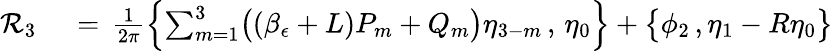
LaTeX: \begin{array}{rl}{\mathcal{R}_{3}\, }&{{}=\, \frac{1}{2\pi}\Bigl\{ \sum_{m=1}^{3}\bigl((\beta_{\epsilon}+L)P_{m}+Q_{m}\bigr)\eta_{3-m}\, ,\, \eta_{0}\Bigr\} +\bigl\{ \phi_{2}\, ,\eta_{1}-R\eta_{0}\bigr\} }\end{array}